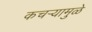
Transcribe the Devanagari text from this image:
कचऱ्यामुळे